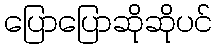
ပြောပြောဆိုဆိုပင်